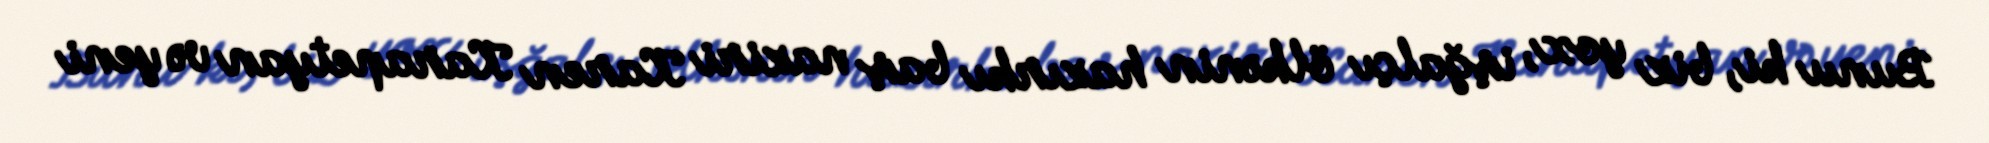
Bunu ki, biz yox, işğalçı ölkənin hazırkı baş naziri Karen Karapetyan və yeni